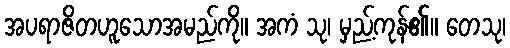
အပရာဇိတဟူသောအမည်ကို။ အကံ သု၊ မှည့်ကုန်၏။ တေသု၊